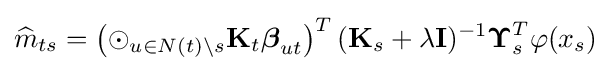
{\widehat {m}}_{ts}=\left(\odot _{u\in N(t)\backslash s}\mathbf {K} _{t}{\boldsymbol {\beta }}_{ut}\right)^{T}(\mathbf {K} _{s}+\lambda \mathbf {I} )^{-1}{\boldsymbol {\Upsilon }}_{s}^{T}\varphi (x_{s})